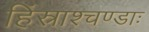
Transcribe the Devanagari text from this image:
हिंस्राश्चण्डाः